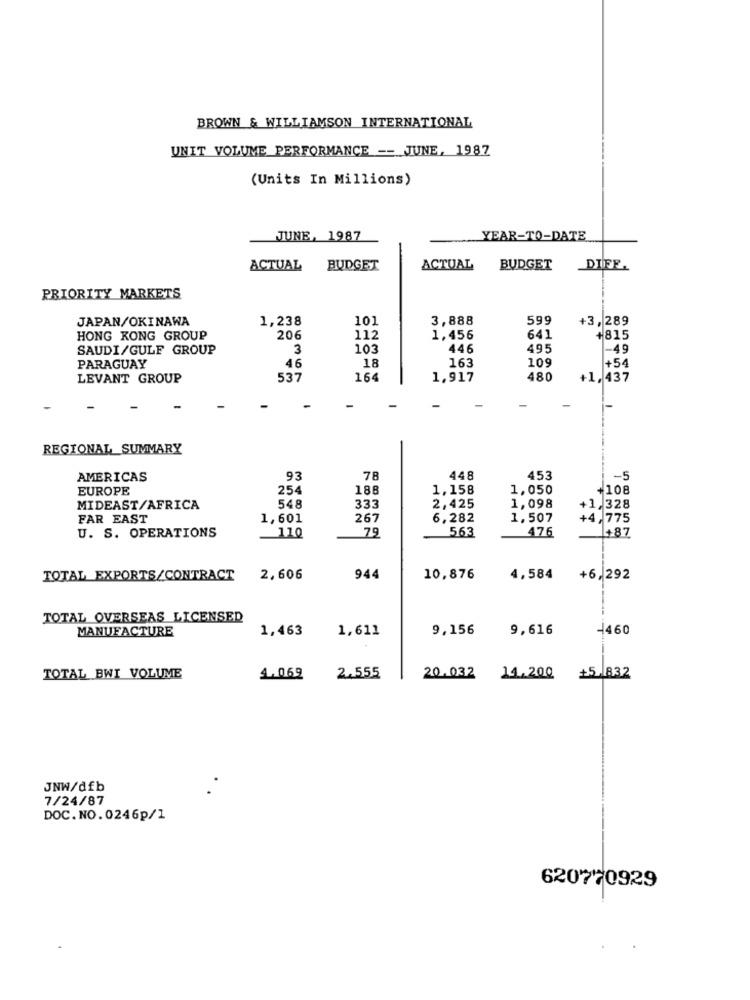
BROWN & WILLIAMSON INTERNATIONAL
UNIT VOLUME PERFORMANCE -- JUNE, 1987
(Units In Millions)
JUNE, 1987
YEAR-TO-DATE
ACTUAL
BUDGET
ACTUAL
BUDGET
DIFF.
PRIORITY MARKETS
JAPAN/OKINAWA
1,238
10]
3,888
599
+3, 289
HONG KONG GROUP
206
112
1,456
641
+815
SAUDI/GULF GROUP
3
103
446
495
1-49
18
109
+54
PARAGUAY
46
163
LEVANT GROUP
537
164
1,917
480
+1. 437
REGIONAL_SUMMARY
AMERICAS
93
78
448
453
-5
EUROPE
254
188
1,158
1,050
+108
MIDEAST/AFRICA
548
333
2,425
1,098
+1,328
FAR EAST
1,601
267
6,282
1,507
+4,775
U. S. OPERATIONS
110
79
563
476
+87
TOTAL EXPORTS/CONTRACT
2,606
944
10,876
4,584
+6,292
TOTAL OVERSEAS LICENSED
MANUFACTURE
1,463
1,611
9,156
9,616
-460
TOTAL BWI VOLUME
1.069
2.555
20.032
11.200 +5, 832
JNW/dfb
7/24/87
DOC. NO. 0246p/1
620770929